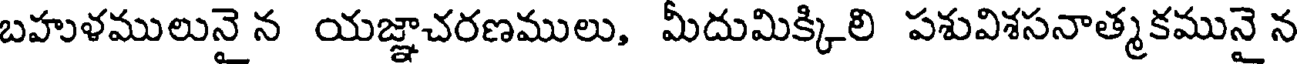
బహుళములునై న యజ్ఞాచరణములు, మీదుమిక్కిలి పశువిశసనాత్మకమునై న